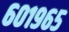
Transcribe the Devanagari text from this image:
६०१९६५